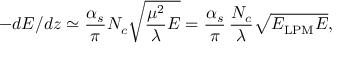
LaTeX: - d E / d z \simeq \frac { \alpha _ { s } } { \pi } N _ { c } \sqrt { \frac { \mu ^ { 2 } } { \lambda } E } = \frac { \alpha _ { s } } { \pi } \, \frac { N _ { c } } { \lambda } \sqrt { E _ { \mathrm { L P M } } E } ,